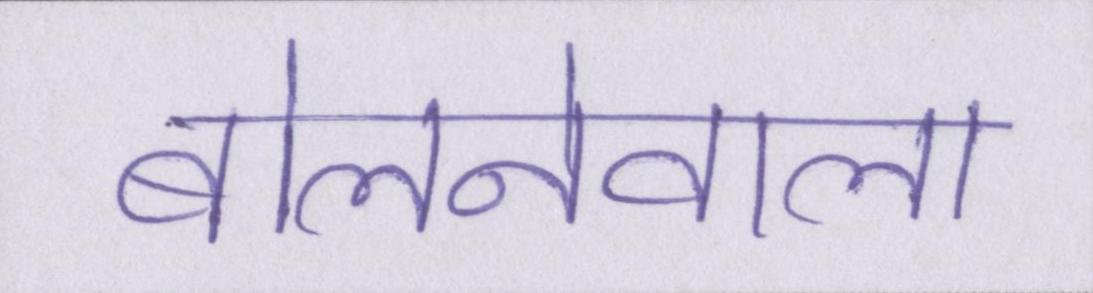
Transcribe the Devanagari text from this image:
बोलनेवाला